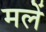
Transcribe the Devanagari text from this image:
मलें